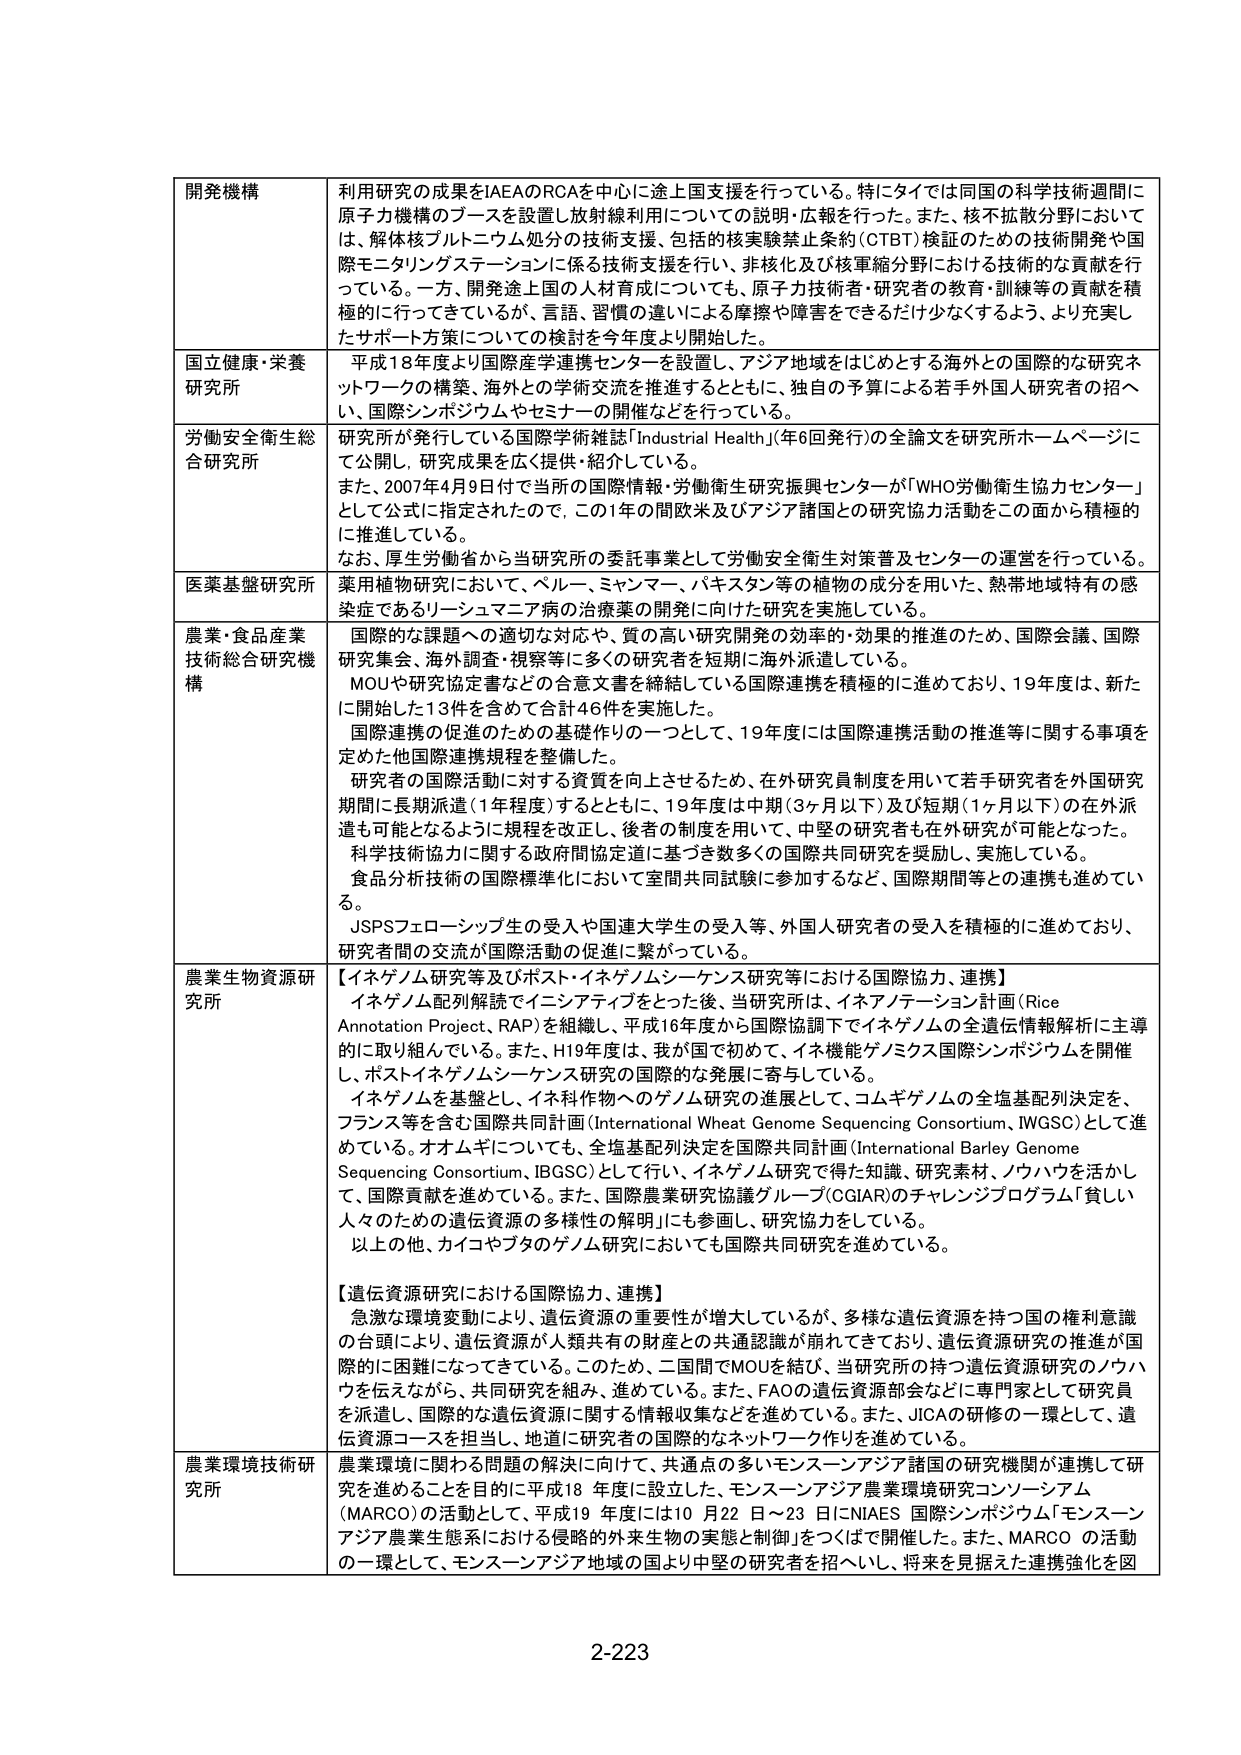
開発機構 利用研究の成果をIAEAのRCAを中心に途上国支援を行っている。特にタイでは同国の科学技術週間に原子力機構のブースを設置し放射線利用についての説明・広報を行った。また、核不拡散分野においては、解体核プルトニウム処分の技術支援、包括的核実験禁止条約（CTBT）検証のための技術開発や国際モニタリングステーションに係る技術支援を行い、非核化及び核軍縮分野における技術的な貢献を行っている。一方、開発途上国の人材育成についても、原子力技術者・研究者の教育・訓練等の貢献を積極的に行ってきたが、言語、習慣の違いによる摩擦や障害をできるだけ少なくするよう、より充実したサポート方策についての検討を今年度より開始した。

国立健康・栄養研究所 平成18年度より国際産学連携センターを設置し、アジア地域をはじめとする海外との国際的な研究ネットワークの構築、海外との学術交流を推進するとともに、独自の予算による若手外国人研究者の招へい、国際シンポジウムやセミナーの開催などを行っている。

労働安全衛生総合研究所 研究所が発行している国際学術雑誌「Industrial Health」（年6回発行）の全論文を研究所ホームページにて公開し、研究成果を広く提供・紹介している。また、2007年4月9日付で当所の国際情報・労働衛生研究振興センターが「WHO労働衛生協力センター」として公式に指定されたので、この1年の間欧米及びアジア諸国との研究協力活動をこの面から積極的に推進している。なお、厚生労働省から当研究所の委託事業として労働安全衛生対策普及センターの運営を行っている。

医薬基盤研究所 薬用植物研究において、ペルー、ミャンマー、パキスタン等の植物の成分を用いた、熱帯地域特有の感染症であるリーシュマニア病の治療薬の開発に向けた研究を実施している。

農業・食品産業技術総合研究機構 国際的な課題への適切な対応や、質の高い研究開発の効率的・効果的推進のため、国際会議、国際研究集会、海外調査・視察等に多くの研究者を短期に海外派遣している。MOUや研究協定書などの合意文書を締結している国際連携を積極的に進めており、19年度は、新たに開始した13件を含めて合計46件を実施した。国際連携の促進のための基盤作りの一つとして、19年度には国際連携活動の推進等に関する事項を定めた他国際連携規程を整備した。研究者の国際活動に対する資質を向上させるため、在外研究員制度を用いて若手研究者を外国研究期間に長期派遣（1年程度）するとともに、19年度は中期（3ヶ月以下）及び短期（1ヶ月以下）の在外派遣も可能となるように規程を改正し、後者の制度を用いて、中堅の研究者も在外研究が可能となった。科学技術協力に関する政府間協定道に基づき数多くの国際共同研究を奨励し、実施している。食品分析技術の国際標準化において室間共同試験に参加するなど、国際期間等との連携も進めている。JSPSフェローシップ生の受入や国連大学生の受入等、外国人研究者の受入を積極的に進めており、研究者間の交流が国際活動の促進に繋がっている。

農業生物資源研究所 【イネゲノム研究等及びポスト・イネゲノム・シーケンス研究等における国際協力、連携】イネゲノム配列解読でイニシアティブをとった後、当研究所は、イネアノテーション計画（Rice Annotation Project、RAP）を組織し、平成16年度から国際協調下でイネゲノムの全遺伝情報解析に主導的に取り組んでいる。また、H19年度は、我が国で初めて、イネ機能ゲノミクス国際シンポジウムを開催し、ポストイネゲノム・シーケンス研究の国際的な発展に寄与している。イネゲノムを基盤とし、イネ科作物へのゲノム研究の進展として、コムギゲノムの全塩基配列決定を、フランス等を含む国際共同計画（International Wheat Genome Sequencing Consortium、IWGSC）として進めている。オオムギについても、全塩基配列決定を国際共同計画（International Barley Genome Sequencing Consortium、IBGSC）として行い、イネゲノム研究で得た知識、研究素材、ノウハウを活かして、国際貢献を進めている。また、国際農業研究協議グループ（CGIAR）のチャレンジプログラム「貧しい人々のための遺伝資源の多様性の解明」にも参画し、研究協力をしている。以上その他、カイコやブタのゲノム研究においても国際共同研究を進めている。【遺伝資源研究における国際協力、連携】急激な環境変動により、遺伝資源の重要性が増大しているが、多様な遺伝資源を持つ国の権利意識の台頭により、遺伝資源が人類共有的財産との共通認識が崩れてきており、遺伝資源研究の推進が国際的に困難になってきている。このため、二国間でMOUを結び、当研究所の持つ遺伝資源研究のノウハウを伝えながら、共同研究を組み、進めている。また、FAOの遺伝資源部会などに専門家として研究員を派遣し、国際的な遺伝資源に関する情報収集などを進めている。また、JICAの研修の一環として、遺伝資源コースを担当し、地道に研究者の国際的なネットワーク作りを進めている。

農業環境技術研究所 農業環境に関わる問題の解決に向けて、共通点の多いモンスーンアジア諸国の研究機関が連携して研究を進めることを目的に平成18年度に設立した、モンスーンアジア農業環境研究コンソーシアム（MARCO）の活動として、平成19年度には10月22日～23日にNAES国際シンポジウム「モンスーンアジア農業生態系における侵略的外来生物の実態と制御」をつくばで開催した。また、MARCOの活動の一環として、モンスーンアジア地域の国より中堅の研究者を招へいし、将来を見据えた連携強化を図

2-223